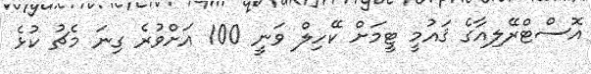
އޮސްޓްރޭލިއާގެ ޤައުމީ ޓީމަށް ކޭހިލް ވަނީ 100 އަށްވުރެ ގިނަ މެޗު ކުޅެ